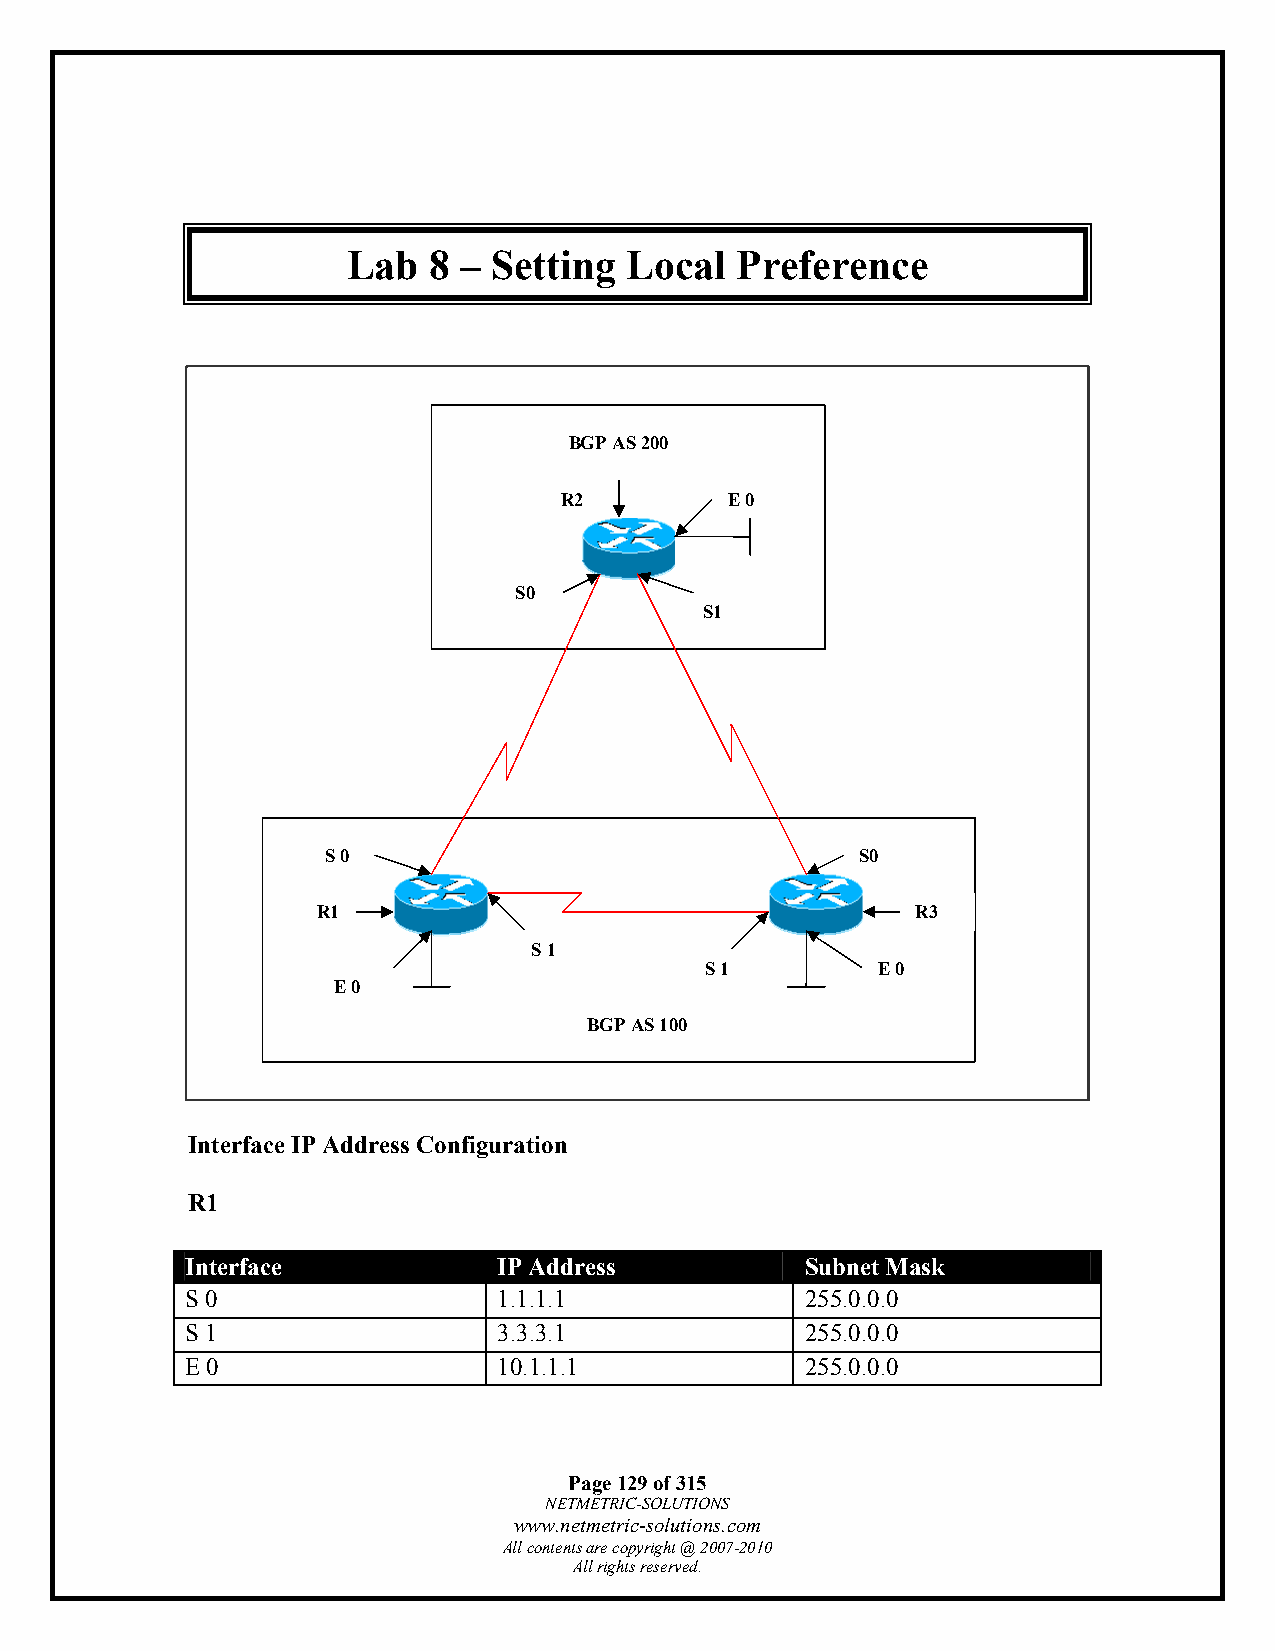
Lab  8 –  Setting  Local  Preference
 BGP AS 200
 R2         E 0
 S0
 S1
 S 0                                S0
 R1                                      R3
 S 1
 S 1        E 0
 E 0
 BGP AS 100
 Interface IP Address Configuration
 R1
 Interface            IP Address          Subnet Mask
 S 0                  1.1.1.1             255.0.0.0
 S 1                  3.3.3.1             255.0.0.0
 E 0                  10.1.1.1            255.0.0.0
 Page 129 of 315
 NETMETRIC-SOLUTIONS
 www.netmetric-solutions.com
 All contents are copyright @ 2007-2010
 All rights reserved.